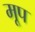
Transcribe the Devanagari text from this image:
मूप